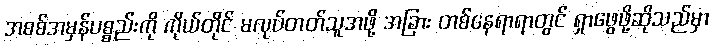
အစစ်အမှန်ပစ္စည်းကို ကိုယ်တိုင် မလုပ်တတ်သူအဖို့ အခြား တစ်နေရာရာတွင် ရှာဖွေဖို့ဆိုသည်မှာ